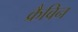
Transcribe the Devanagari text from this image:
क्रैबिन